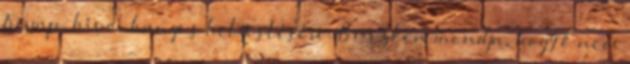
Trump, hívei hangos helyeslésére. Büszkén mondja, hogy ő nem